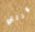
لازلتي